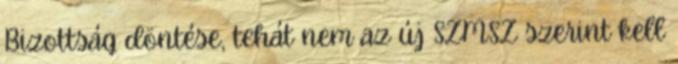
Bizottság döntése, tehát nem az új SZMSZ szerint kell